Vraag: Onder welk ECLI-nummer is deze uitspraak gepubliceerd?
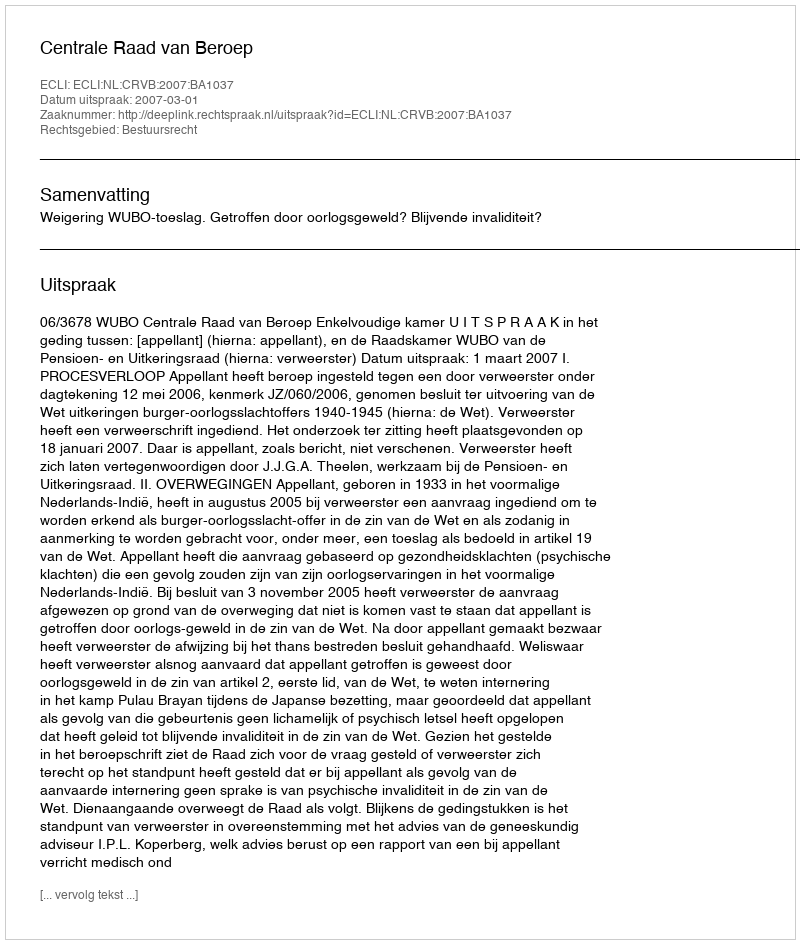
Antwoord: ECLI:NL:CRVB:2007:BA1037